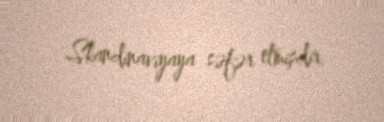
Skandinaviyaya səfər etmişdir.